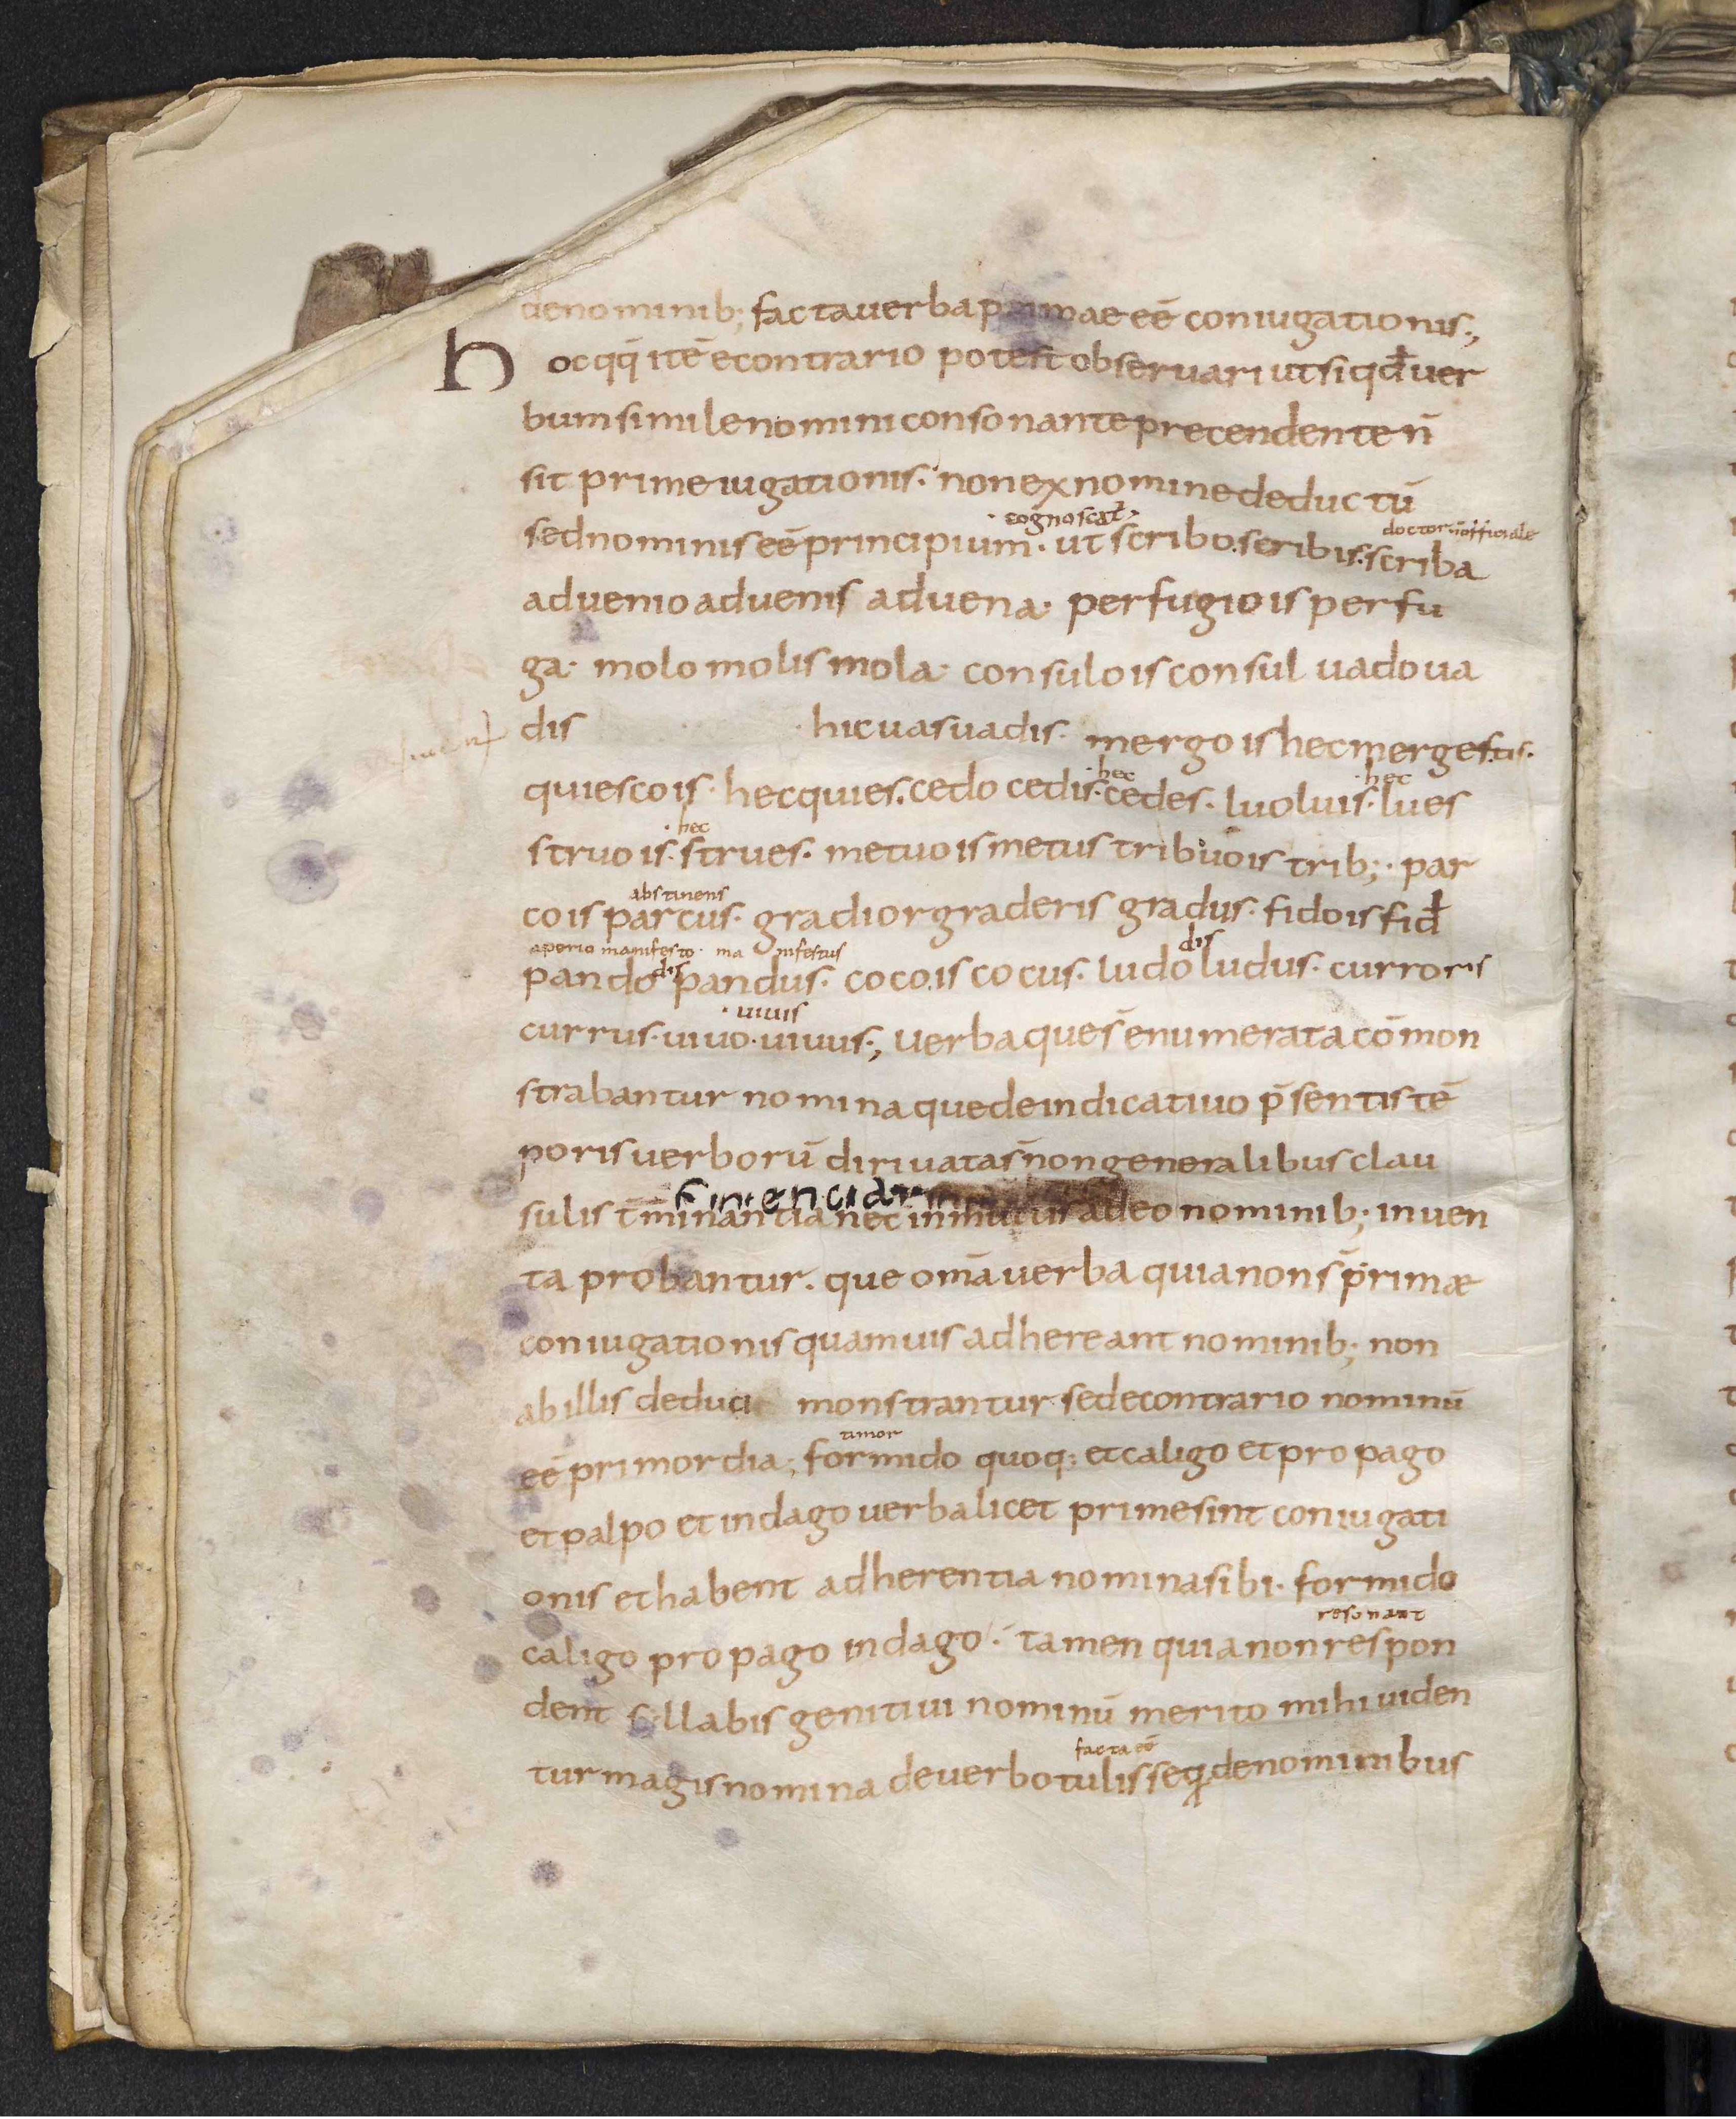
Shelfmark: Leiden, Bibliotheek der Rijksuniversiteit, Voss. Lat. O 41
Century: 9